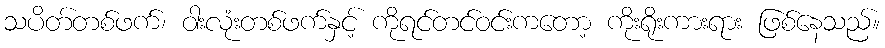
သပိတ်တစ်ဖက်၊ ဝါးလုံးတစ်ဖက်နှင့် ကိုရင်တင်ဝင်းကတော့ ကိုးရိုးကားရား ဖြစ်နေသည်။